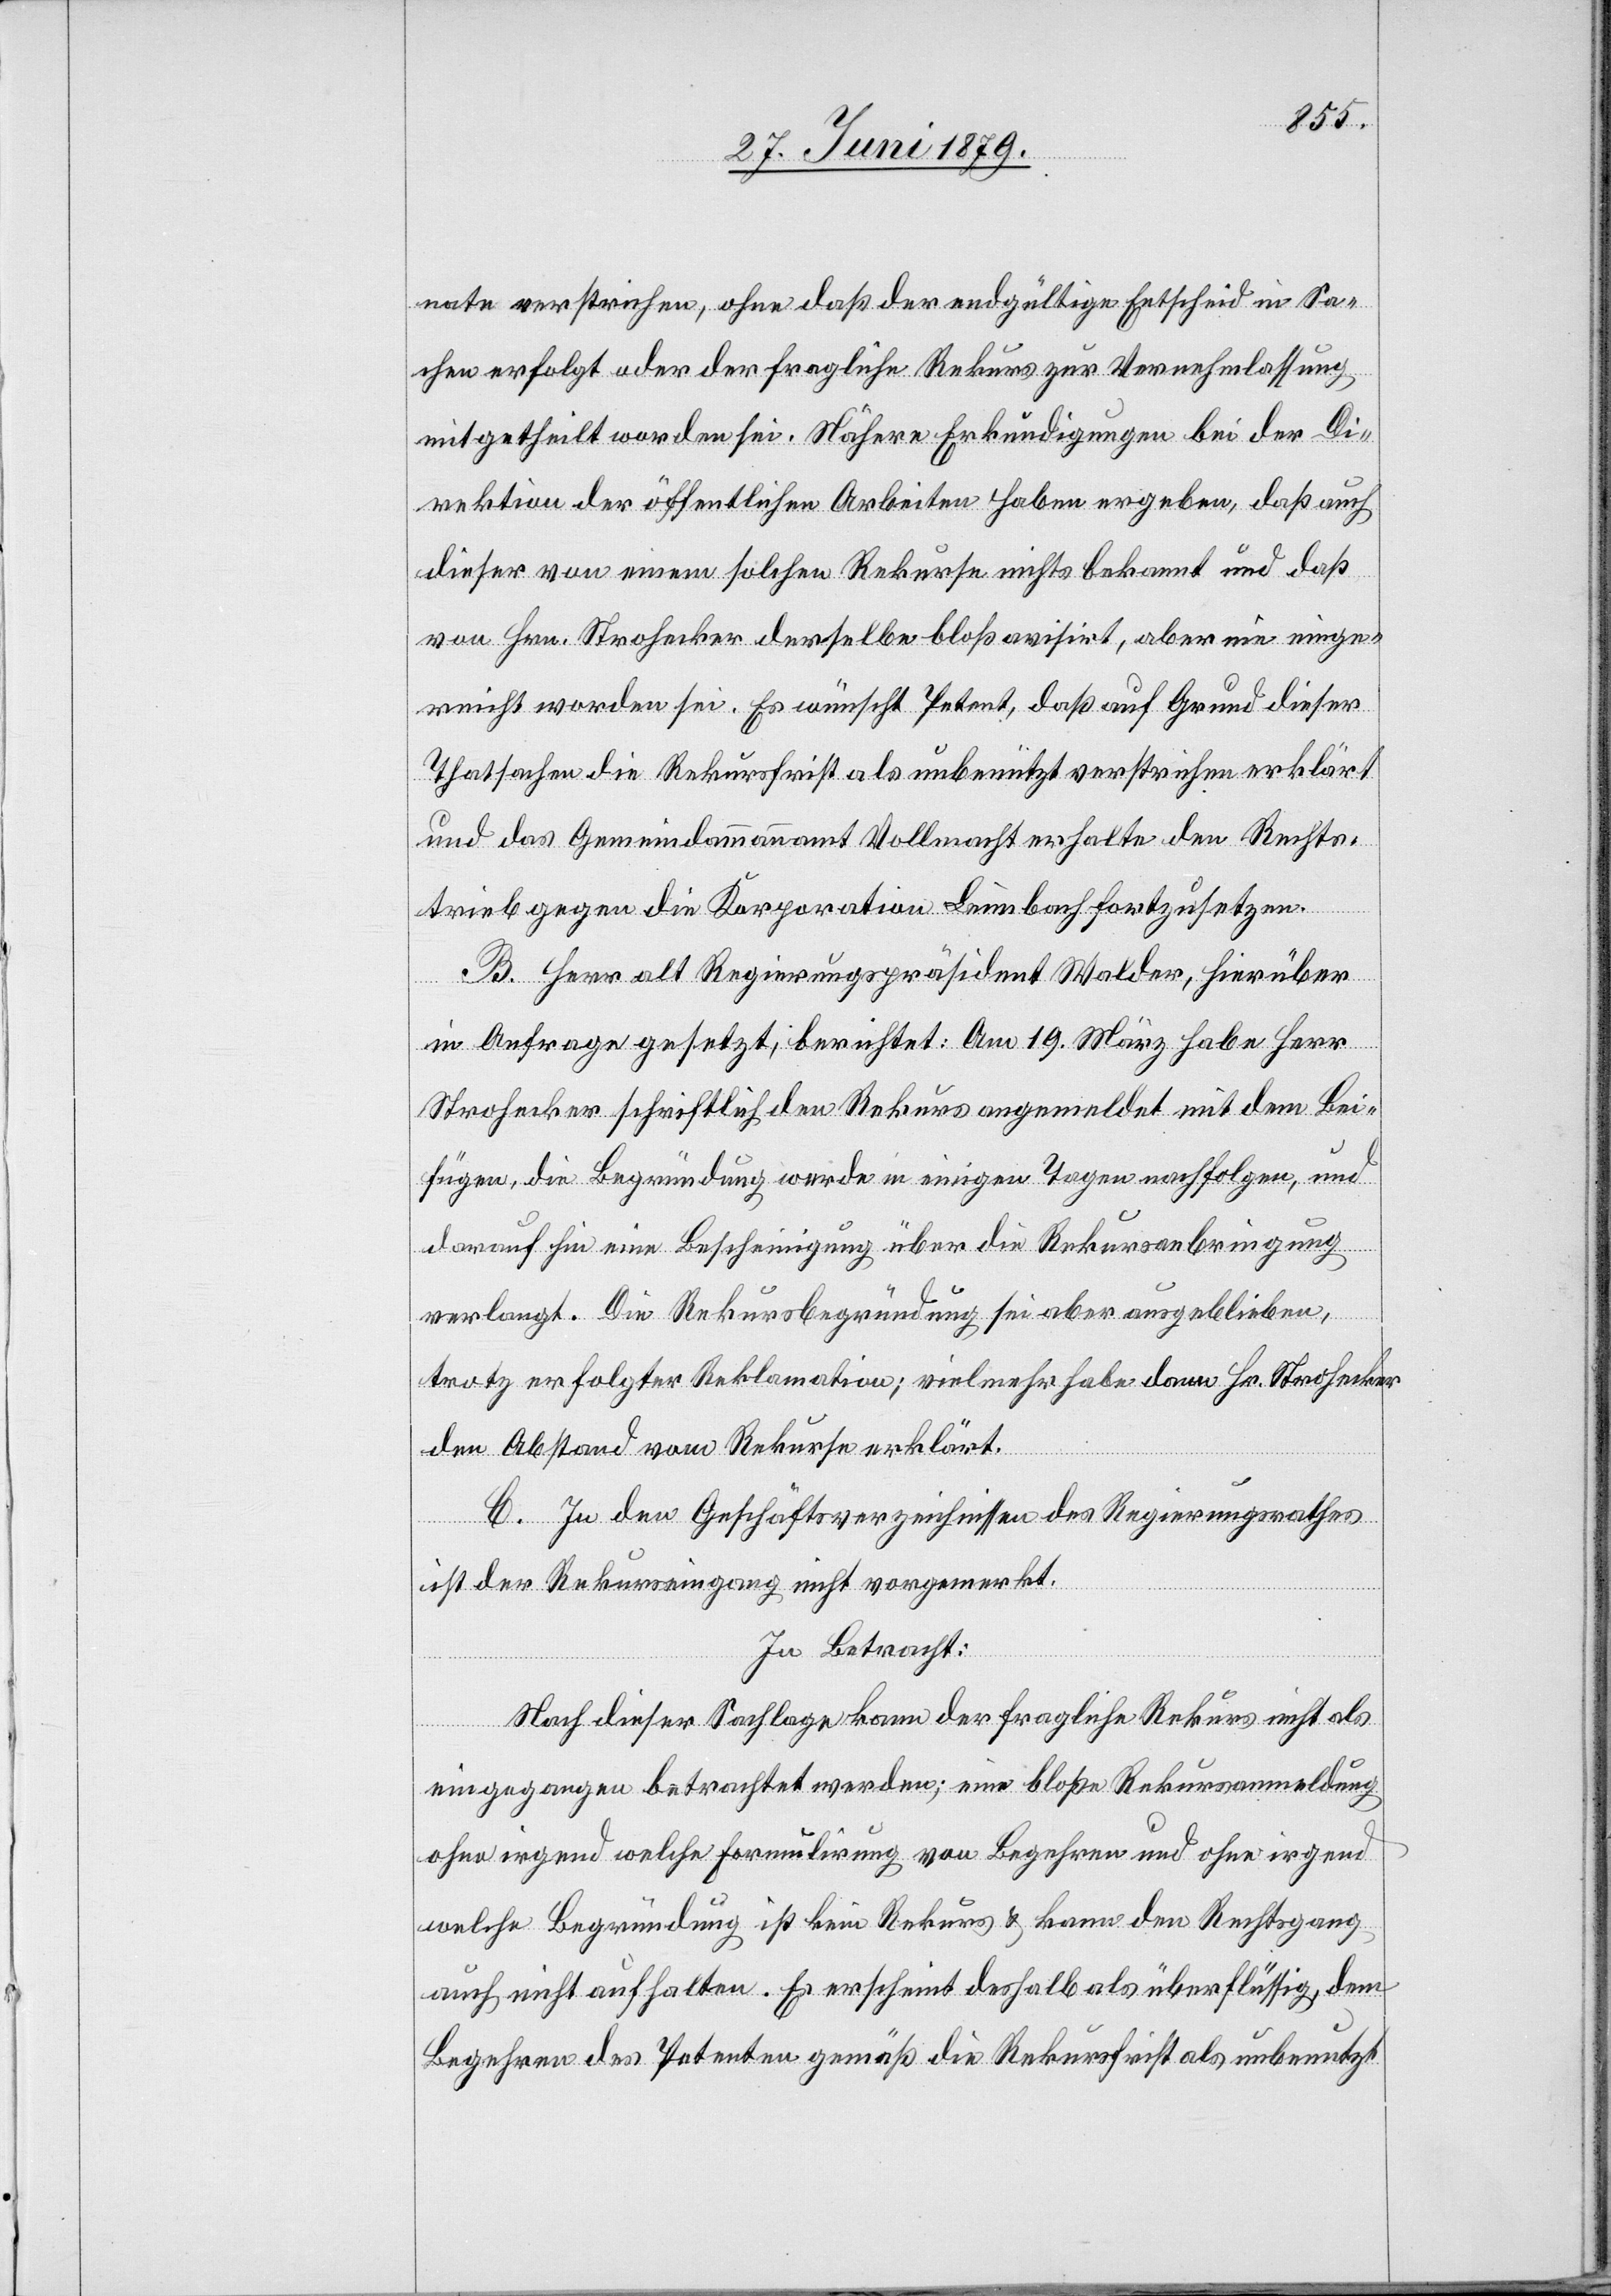
nate verstrichen, ohne daß der endgültige Entscheid in Sa¬
chen erfolgt oder der fragliche Rekurs zur Vernehmlassung
mitgetheilt worden sei. Nähere Erkundigungen bei der Di¬
rektion der öffentlichen Arbeiten haben ergeben, daß auch
dieser von einem solchen Rekurse nichts bekannt und daß
von Hrn. Strohecker derselbe bloß avisirt, aber nie einge¬
reicht worden sei. Es wünscht Petent, daß auf Grund dieser
Thatsachen die Rekursfrist als unbenützt verstrichen erklärt
und das Gemeindammannamt Vollmacht erhalte den Rechts¬
trieb gegen die Korporation Leimbach fortzusetzen.
B. Herr alt Regierungspräsident Walder, hierüber
in Anfrage gesetzt, berichtet: Am 19. März habe Herr
Strohecker schriftlich den Rekurs angemeldet mit dem Bei¬
fügen, die Begründung werde in einigen Tagen nachfolgen, und
darauf hin eine Bescheinigung über die Rekursanbringung
verlangt. Die Rekursbegründung sei aber ausgeblieben,
trotz erfolgter Reklamation; vielmehr habe dann Hr. Strohecker
den Abstand vom Rekurse erklärt.
C. In den Geschäftsverzeichnissen des Regierungsrathes
ist der Rekurseingang nicht vorgemerkt.
In Betracht:
Nach dieser Sachlage kann der fragliche Rekurs nicht als
eingegangen betrachtet werden; eine bloße Rekursanmeldung
ohne irgend welche Formulirung von Begehren und ohne irgend
welche Begründung ist kein Rekurs & kann den Rechtsgang
auch nicht aufhalten. Es erscheint deshalb als überflüssig, dem
Begehren des Petenten gemäß die Rekursfrist als unbenutzt